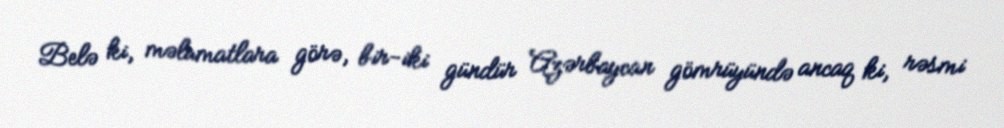
Belə ki, məlumatlara görə, bir-iki gündür Azərbaycan gömrüyündə ancaq ki, rəsmi